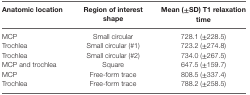
<table><thead><tr><td><b>Anatomic location</b></td><td><b>Region of interest shape</b></td><td><b>Mean (±SD) T1 relaxation time</b></td></tr></thead><tbody><tr><td>MCP</td><td>Small circular</td><td>728.1 (±228.5)</td></tr><tr><td>Trochlea</td><td>Small circular (#1)</td><td>723.2 (±274.8)</td></tr><tr><td>Trochlea</td><td>Small circular (#2)</td><td>734.0 (±267.5)</td></tr><tr><td>MCP and trochlea</td><td>Square</td><td>647.5 (±159.7)</td></tr><tr><td>MCP</td><td>Free-form trace</td><td>808.5 (±337.4)</td></tr><tr><td>Trochlea</td><td>Free-form trace</td><td>788.2 (±258.5)</td></tr></tbody></table>